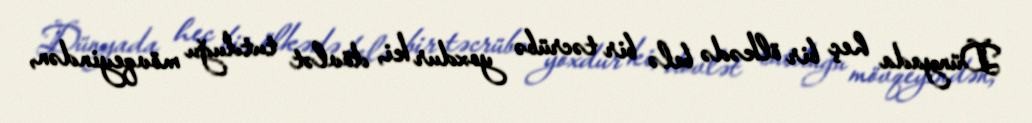
Dünyada heç bir ölkədə belə bir təcrübə yoxdur ki, dövlət tutduğu mövqeyindən,